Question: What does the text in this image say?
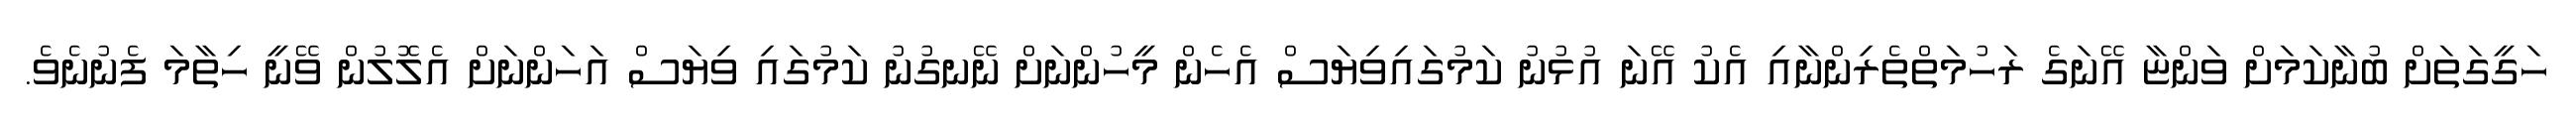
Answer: ހަގީގަތަށް ބުނާކަމަށް ވަންޏާ އޭނަގެ ރަހުމަތްތެރިންނާއި އެކު އޭނަ އުޅުނު ކަމުގައިވިޔަސް އެހެން މީހުންނަށް ނޭނގުނު ކަމުގައި ވިޔަސް އަހަންނަށް އެލޮލުން ވޭނީ ހިތާމަ ފެނުނެވެ.